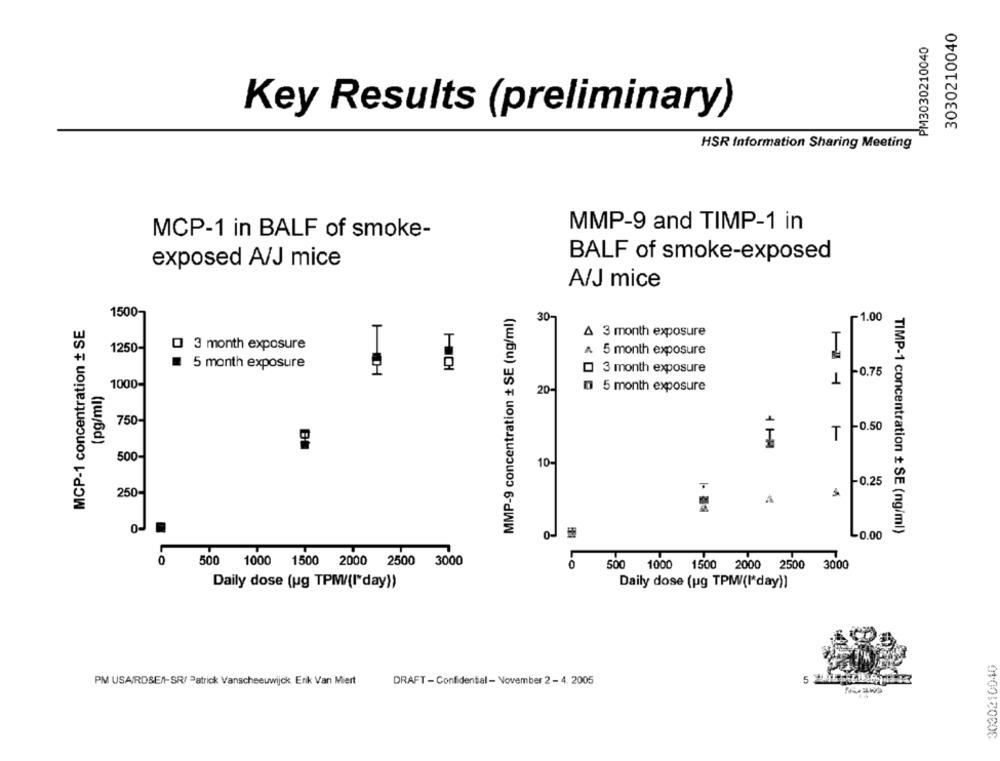
3030210040
PM3030210040
Key Results (preliminary)
HSR Information Sharing Meeting
MMP-9 and TIMP-1 in
MCP-1 in BALF of smoke-
BALF of smoke-exposed
exposed A/J mice
A/J mice
MMP-9 concentration + SE (ng/ml)
1500-
30-
1.00
MCP-1 concentration + SE
T
A 3 month exposure
T
I
1250-
O 3 month exposure
A 5 month exposure
5 month exposure
T
3 month exposure
-0.75
(pg/ml)
1000-
0 5 month exposure
20-
750-
1-0.50
I
T
500-
10-
-0.25
250
A
0-
TIMP-1 concentration + SE (ng/ml)
0-
-0.00
0
500 1000 1500 2000 2500 3000
0
500 1000 1500 2000 2500 3000
Daily dose (ug TPM/(I'day))
Daily dose (ug TPMW(I*day))
3030210040
PM USAIRDSEN-SR/ Patrick Vanscheeuwijck Erik Van Miert
DRAFT - Confidential - November 2 - 4. 2005
5